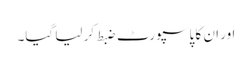
اور ان کا پاسپورٹ ضبط کر لیا گیا۔